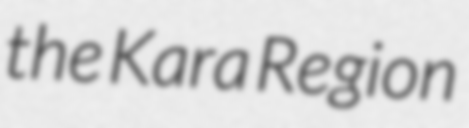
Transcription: the Kara Region